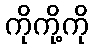
ကိုကို့ကို